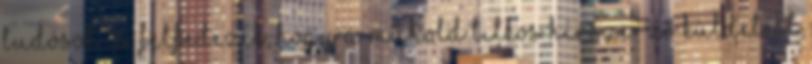
tudósok is, felfedezik, hogy a műhold titkos hírszerző küldetést